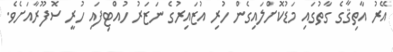
އޭރު އާތިޤާގެ ގާތުގައި މަޑުކޮށްލައިގެން ހުރި އުޒައިރުގެ ނަޒަރު ހުއްޓިފައި ހުރީ ސޮފޫރާއަށެވެ.